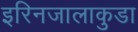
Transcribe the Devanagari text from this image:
इरिनजालाकुडा